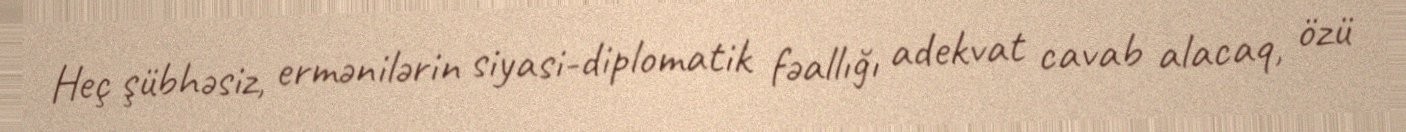
Heç şübhəsiz, ermənilərin siyasi-diplomatik fəallığı adekvat cavab alacaq, özü